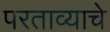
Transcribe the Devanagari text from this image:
परताव्याचे